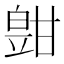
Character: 𤾑